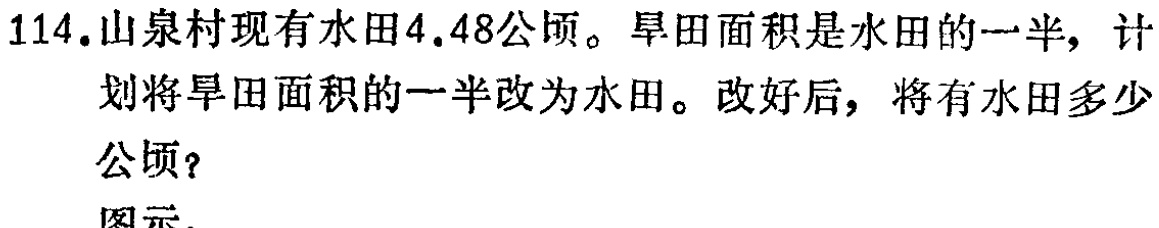
114.山泉村现有水田4.48公顷。旱田面积是水田的一半，计划将旱田面积的一半改为水田。改好后，将有水田多少公顷？
图示：